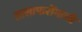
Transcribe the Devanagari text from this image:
तासाफरोंगाची